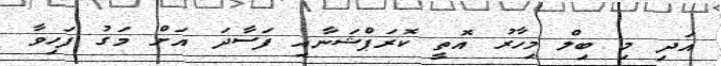
އަދި މި ބިލް މިހާރު އޮތީ ކޮރަޕްޝަނާއި ފަސާދަ އަށް މަގު ފަހިވާ